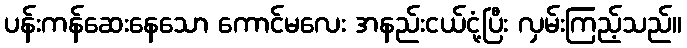
ပန်းကန်ဆေးနေသော ကောင်မလေး အနည်းငယ်ငုံ့ပြီး လှမ်းကြည့်သည်။